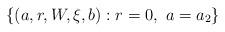
LaTeX: \begin{align*} \{(a,r,W,\xi,b): r=0, \ a=a_2\}\end{align*}